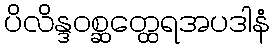
ပိလိန္ဒဝစ္ဆတ္ထေရအပဒါနံ